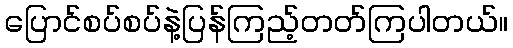
ပြောင်စပ်စပ်နဲ့ပြန်ကြည့်တတ်ကြပါတယ်။